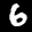
Label: 6